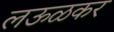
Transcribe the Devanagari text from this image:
लऊळकर